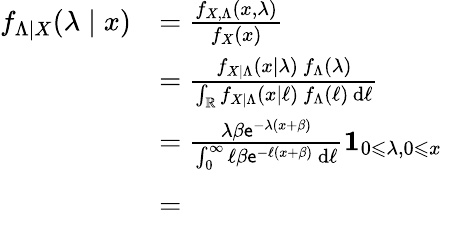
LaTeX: \begin{array}{rl}{f_{\Lambda\mid X}(\lambda\mid x)}&{=\frac{f_{X,\Lambda}(x,\lambda)}{f_{X}(x)}}\\ &{=\frac{f_{X\mid\Lambda}(x\mid\lambda)~f_{\Lambda}(\lambda)}{\int_{\mathbb R}f_{X\mid\Lambda}(x\mid\ell)~f_{\Lambda}(\ell)\, \mathrm d\ell}}\\ &{=\frac{\lambda\beta\mathsf e^{-\lambda(x+\beta)}}{\int_{0}^{\infty}\ell\beta\mathsf e^{-\ell(x+\beta)}~\mathrm d\ell}\mathbf 1_{0\leqslant\lambda,0\leqslant x}}\\ &{=\phantom{\frac{(x+\beta)^{2}\lambda\beta\mathsf e^{-\lambda(x+\beta)}}{\beta}\mathbf 1_{0\leqslant\lambda,0\leqslant x}}}\end{array}